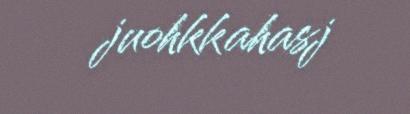
juohkkahasj